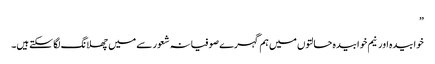
”
خوابیدہ اور نیم خوابیدہ حالتوں میں ہم گہرے صوفیانہ شعور سے میں چھلانگ لگا سکتے ہیں۔